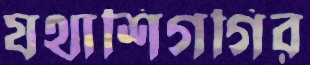
যথাশিগগির